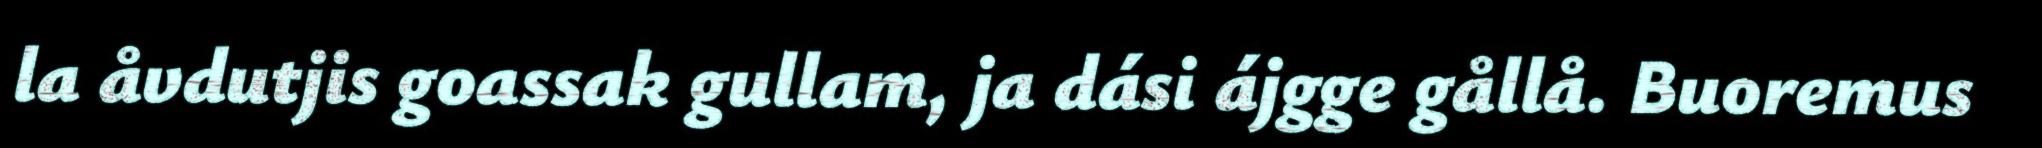
la åvdutjis goassak gullam, ja dási ájgge gållå. Buoremus